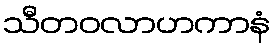
သီတဝလာဟကာနံ